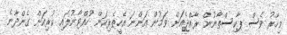
މިހާރު ވެސް ޕާކިސްތާނުން ރާއްޖެއަށް ވަމުން އަންނަ އެހީތެރިކަން ހުއްޓާނުލައި ކުރިއަށް ގެންދާނެ